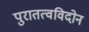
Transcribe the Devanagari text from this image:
पुरातत्वविदोन